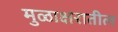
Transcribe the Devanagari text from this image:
मुळाक्षरातील